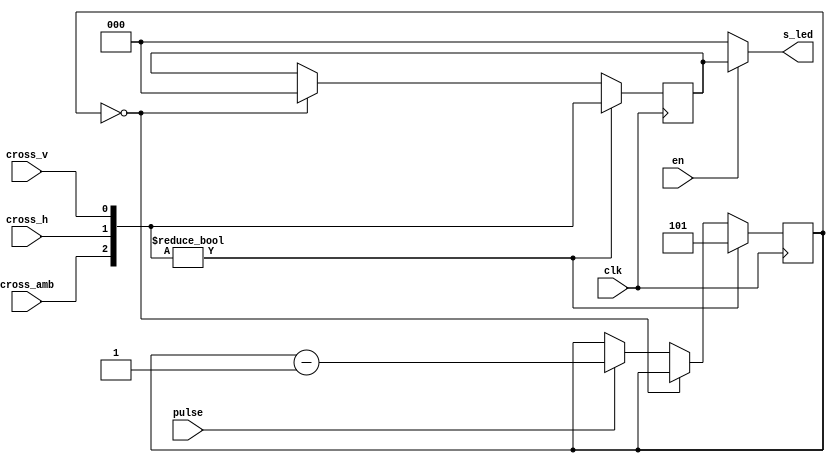
`timescale 1ns / 1ps
/*
cross_v y cross_h enviarn pulsos que informan el cruce de un vehculo.
Al recibir un pulso, el LED correspondiente debe mantenerse encendido por medio segundo.
Se puede utilizar la variable pulse para manejar el tiempo.
*/
module cross_led_mgmt(
    input en,
    input clk,
    input cross_v,
    input cross_h,
    input cross_amb,
    input pulse,
    output [2:0]s_led
    );

reg [2:0]time_counter;
reg change;
reg [2:0]last;
wire [2:0]status;
assign s_led = en ? last : 3'b000;

assign status[0] = cross_v;
assign status[1] = cross_h;
assign status[2] = cross_amb;

always @(posedge clk)
begin
if (time_counter ==0)
last = 3'b000;
else if (pulse)
time_counter = time_counter-1;
if (status != 3'b000)
begin
last = status;
time_counter = 5;
end
end

endmodule